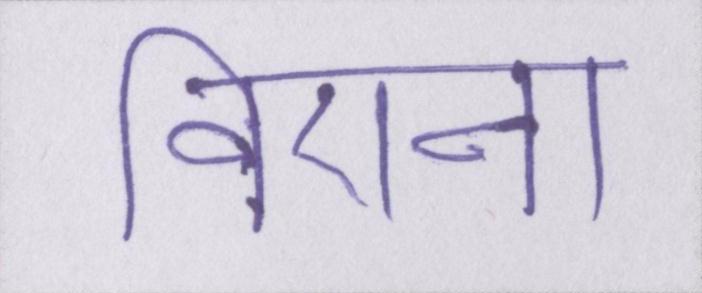
विएना